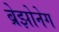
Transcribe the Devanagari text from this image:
ब्रेझोनेग